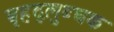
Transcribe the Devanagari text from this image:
बृहद्‌लुब्धक